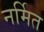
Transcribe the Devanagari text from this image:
नर्मित